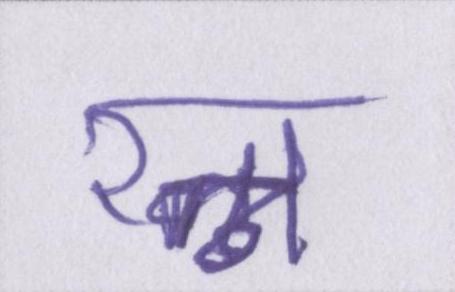
रत्न